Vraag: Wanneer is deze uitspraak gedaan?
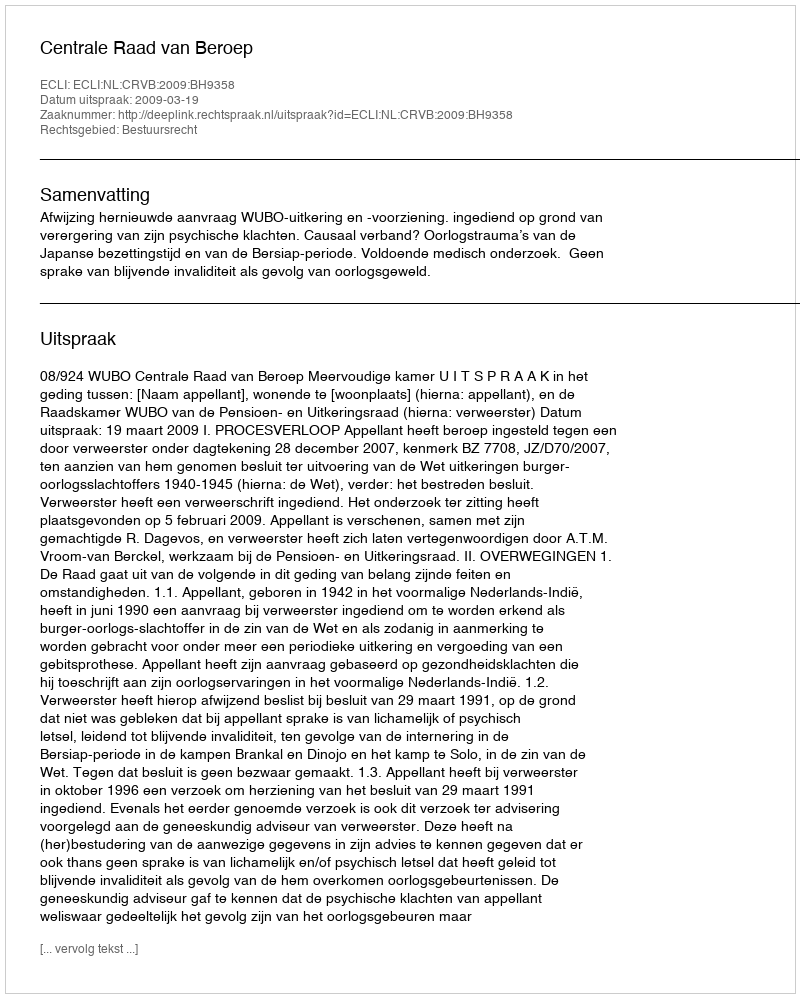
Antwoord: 2009-03-19